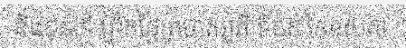
និង៩នាទី ព្រឹកថ្ងៃព្រហស្បតិ៍ ទី០៩ ខែឧសភា